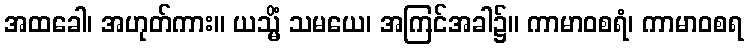
အထခေါ၊ အဟုတ်ကား။ ယသ္မိံ သမယေ၊ အကြင်အခါ၌။ ကာမာဝစရံ၊ ကာမာဝစရ